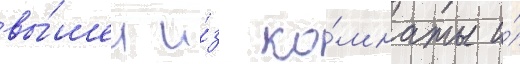
вы́шел и́з ко́мнаты и́